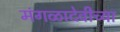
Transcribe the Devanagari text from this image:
मंगळादेवीच्या